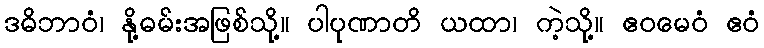
ဒဓိဘာဝံ၊ နို့ဓမ်းအဖြစ်သို့။ ပါပုဏာတိ ယထာ၊ ကဲ့သို့။ ဧဝမေဝံ ဧဝံ